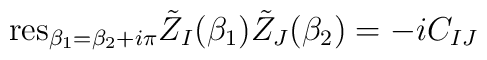
{\rm res}_{\beta_1=\beta_2+i\pi}{\tilde Z}_I(\beta_1){\tilde Z}_J(\beta_2)=-iC_{IJ}